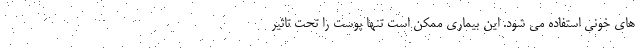
های خونی استفاده می شود. این بیماری ممکن است تنها پوست را تحت تاثیر